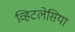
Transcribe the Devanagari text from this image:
व्हिटलेसिया